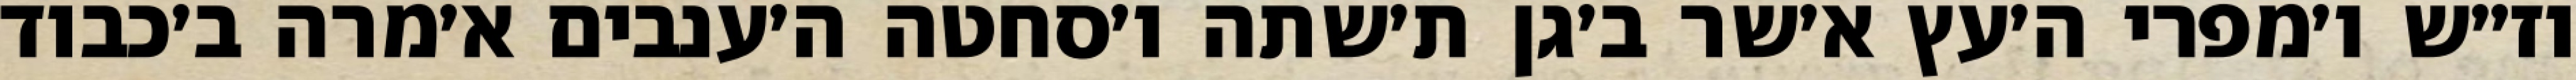
וז״ש ו׳מפרי ה׳עץ א׳שר ב׳גן ת׳שתה ו׳סחטה ה׳ענבים א׳מרה ב׳כבוד